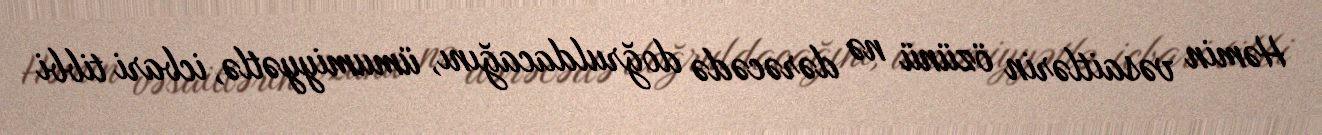
Həmin vəsaitlərin özünü nə dərəcədə doğruldacağını, ümumiyyətlə, icbari tibbi